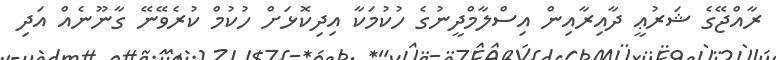
ރާއްޖޭގެ ޝަރުޢީ ދާއިރާއިން އިސްލާމްދީނުގެ ހުކުމަކާ އިދިކޮޅަށް ހުކުމް ކުރެވޭނޭ ގާނޫނެއް އަދި